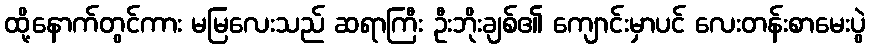
ထို့နောက်တွင်ကား မမြလေးသည် ဆရာကြီး ဦးဘိုးချစ်၏ ကျောင်းမှာပင် လေးတန်းစာမေးပွဲ